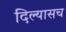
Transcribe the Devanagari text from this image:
दिल्यासच